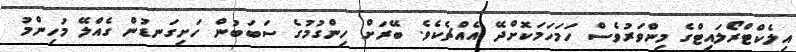
އިލެކްޓްރޯލައިޓްގެ މިންވަރުވެސް ހަމަހަމަކޮށްދޭ އެއްޗެކެވެ. ބޭރަށް ހިންގުމުގެ ސަބަބުން ހަށިގަނޑުން ގެއްލޭ މުހިންމު